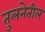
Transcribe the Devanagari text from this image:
तुलनेतील